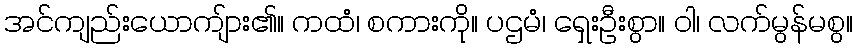
အင်ကျည်းယောကျ်ား၏။ ကထံ၊ စကားကို။ ပဌမံ၊ ရှေးဦးစွာ။ ဝါ၊ လက်မွန်မစွ။